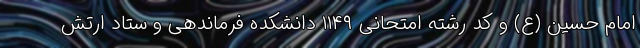
امام حسین (ع) و کد رشته‌ امتحانی ۱۱۴۹ دانشکده فرماندهی و ستاد ارتش